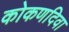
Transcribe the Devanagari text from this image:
कोकणदिवा